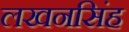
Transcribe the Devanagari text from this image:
लखनसिंह